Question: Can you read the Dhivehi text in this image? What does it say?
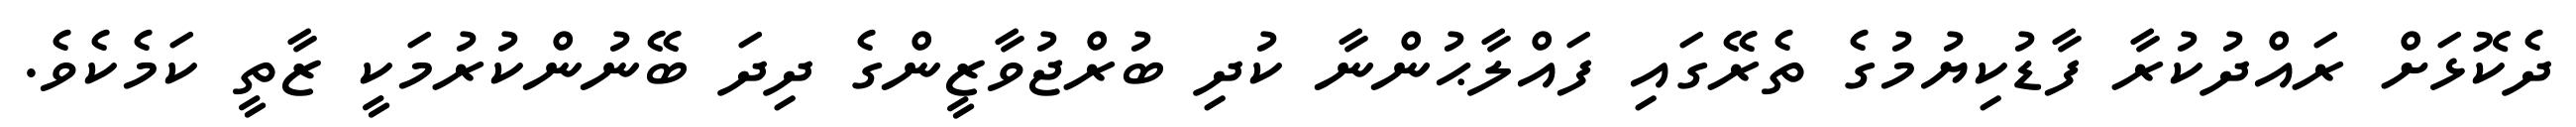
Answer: ދެކޮޅަށް ރައްދުކުރާ ފާޑުކިޔުމުގެ ތެރޭގައި ފައްލާޙުންނާ ކުދި ބުރްޖުވާޒީންގެ ދިދަ ބޭނުންކުރުމަކީ ޒާތީ ކަމެކެވެ.